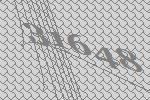
31648